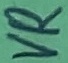
Text: VR